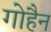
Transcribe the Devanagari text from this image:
गोहैन